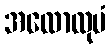
အလောလုပံ